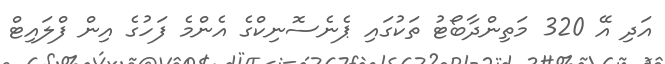
އަދި އޭ 320 މަތިންދާބޯޓު ތަކުގައި ޕެނެސޮނިކްގެ އެންމެ ފަހުގެ އިން ފްލައިޓް